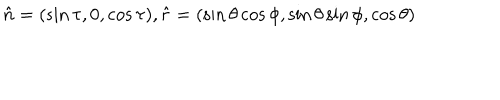
LaTeX: \hat { n } = ( \sin \tau , 0 , \cos \tau ) , \hat { r } = ( \sin \theta \cos \phi , \sin \theta \sin \phi , \cos \theta )